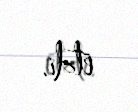
etdi.